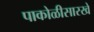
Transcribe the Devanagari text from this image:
पाकोळीसारखे